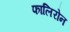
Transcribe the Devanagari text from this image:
फालिरोन